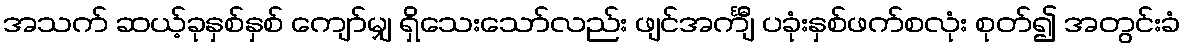
အသက် ဆယ့်ခုနှစ်နှစ် ကျော်မျှ ရှိသေးသော်လည်း ဖျင်အင်္ကျီ ပခုံးနှစ်ဖက်စလုံး စုတ်၍ အတွင်းခံ